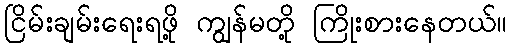
ငြိမ်းချမ်းရေးရဖို့ ကျွန်မတို့ ကြိုးစားနေတယ်။